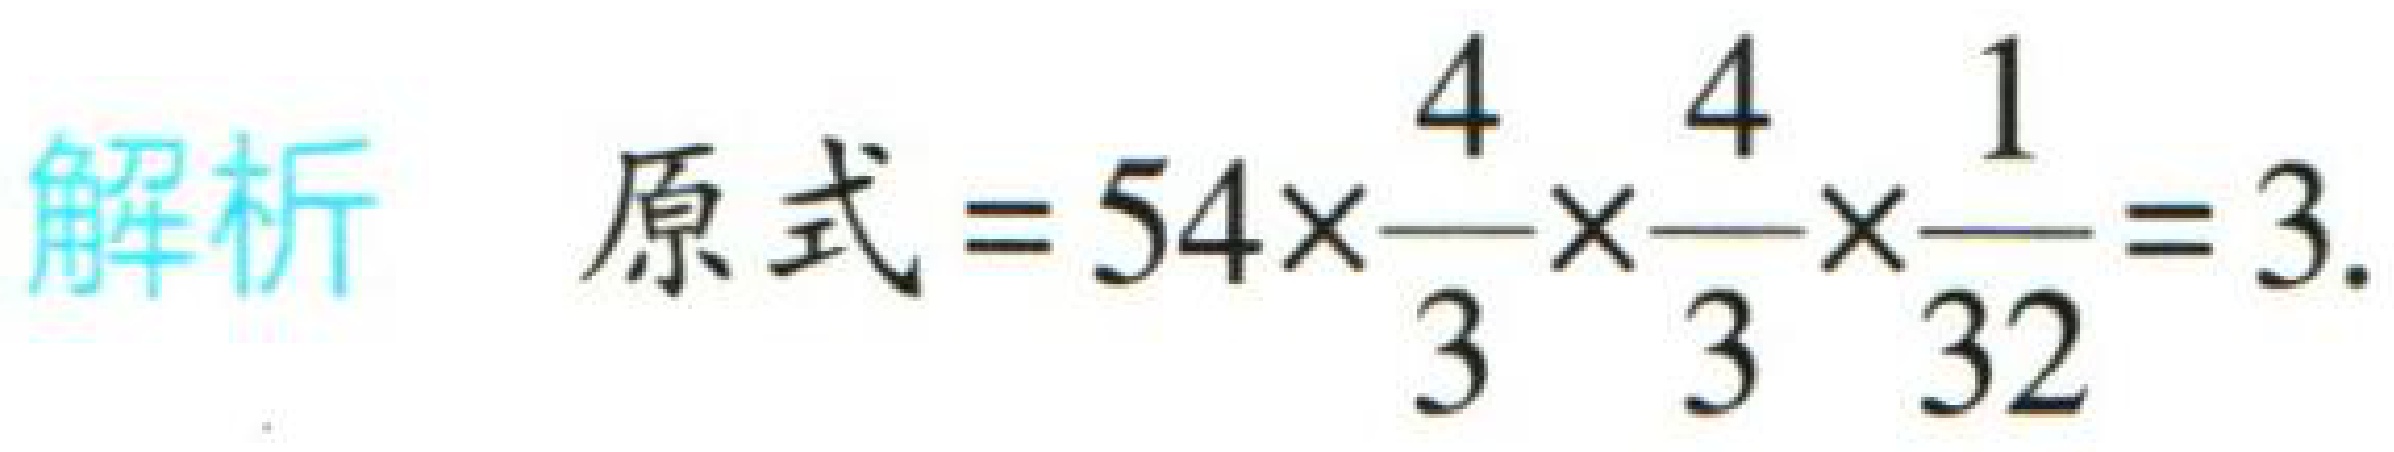
解析 原式\(=54\times\frac{4}{3}\times\frac{4}{3}\times\frac{1}{32}=3\).